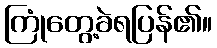
ကြုံတွေ့ခဲရပြန်၏။